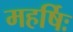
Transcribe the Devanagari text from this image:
महर्षिः